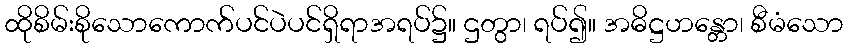
ထိုစိမ်းစိုသောကောက်ပင်ပဲပင်ရှိရာအရပ်၌။ ဌတွာ၊ ရပ်၍။ အဓိဋ္ဌဟန္တော၊ စီမံသော